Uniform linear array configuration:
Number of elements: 48
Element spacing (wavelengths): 0.5
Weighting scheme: exponential
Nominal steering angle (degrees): -30
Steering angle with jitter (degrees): -29.311
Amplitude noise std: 0.05
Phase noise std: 0.05

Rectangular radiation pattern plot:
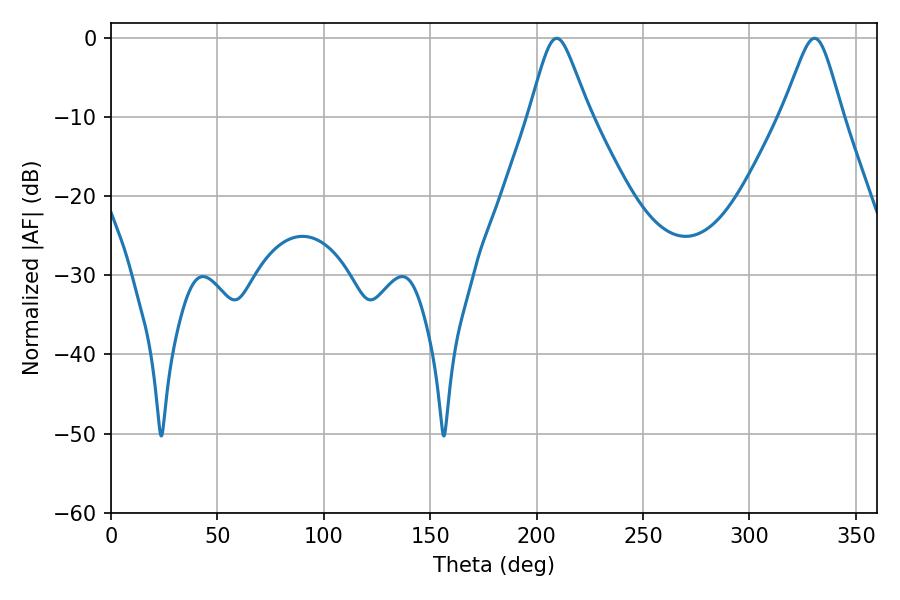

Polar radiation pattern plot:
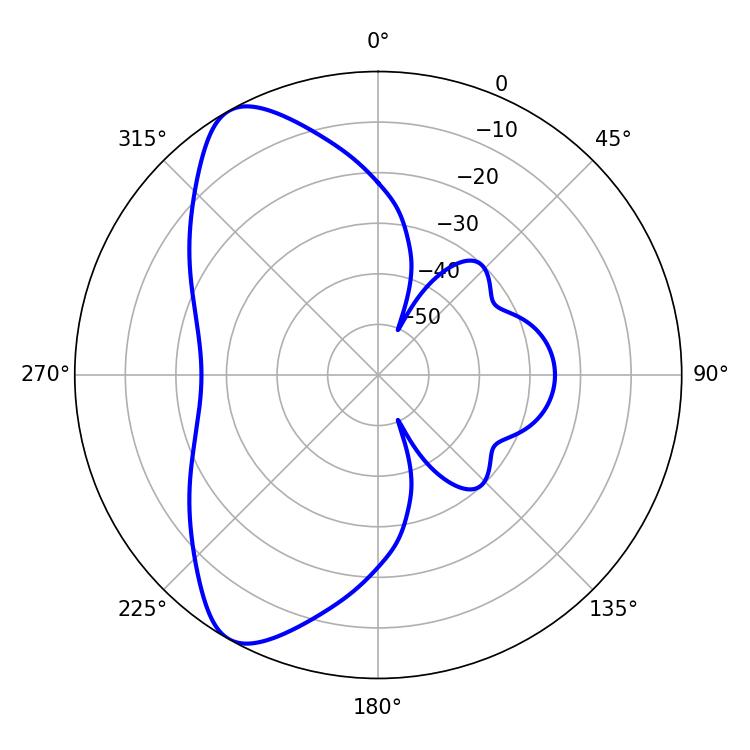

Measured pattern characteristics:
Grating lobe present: FALSE
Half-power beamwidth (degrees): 13.5
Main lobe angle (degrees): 209.34